Report on horse surra - Volume I
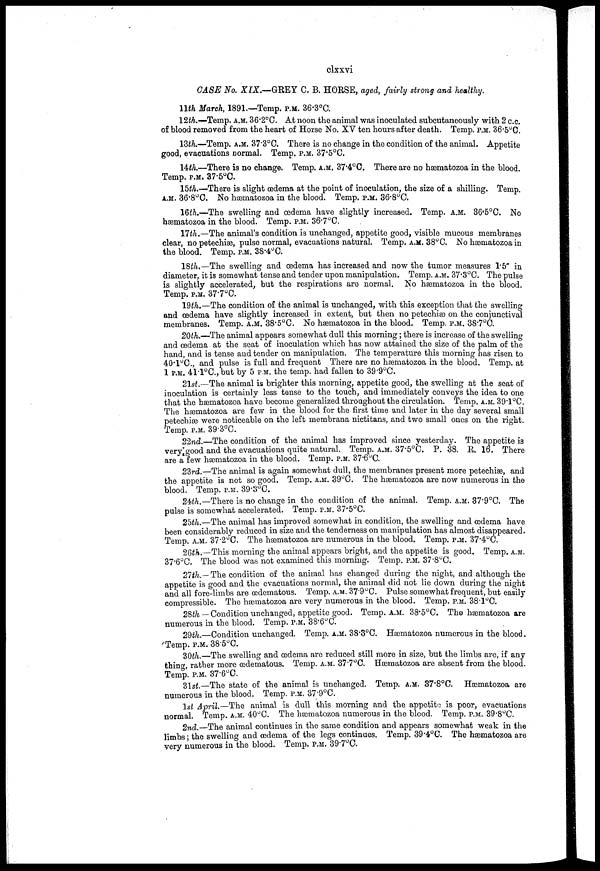
clxxvi
CASE No. XIX.—GREY C. B. HORSE, aged, fairly strong and healthy.
11th March, 1891.—Temp. P.M. 36.3°C.
12th.—Temp. A.M. 36.2°C. At noon the animal was inoculated subcutaneously with 2 c.c.
of blood removed from the heart of Horse No. XV ten hours after death. Temp. P.M. 36.50C.
13th.—Temp. A.M. 37.3°C. There is no change in the condition of the animal. Appetite
good, evacuations normal. Temp. P.M. 37.5°C.
14th.—There is no change. Temp. A.M. 37.4°C. There are no hæmatozoa in the blood
Temp. P.M. 37.5°C.
15th.—There is slight œdema at the point of inoculation, the size of a shilling. Temp.
A.M. 36.8°C. No hæmatozoa in the blood. Temp. P.M. 36.8°C.
16th.—The swelling and œdema have slightly increased. Temp. A.M. 36.5°C. No
hæmatozoa in the blood. Temp. P.M. 36.7°C.
17th.—The animal's condition is unchanged, appetite good, visible mucous membranes
clear, no petechias, pulse normal, evacuations natural. Temp. A.M. 38°C. No hæmatozoa in
the blood. Temp. P.M. 38.4°C.
18th.—The swelling and œdema has increased and now the tumor measures 1.5" in
diameter, it is somewhat tense and tender upon manipulation. Temp. A.M. 37.3°C. The pulse
is slightly accelerated, but the respirations are normal. No hæmatozoa in the blood.
Temp. P.M. 37.7°C.
19th.—The condition of the animal is unchanged, with this exception that the swelling
and œdema have slightly increased in extent, but then no petechias on the conjunctival
membranes. Temp. A.M. 38.5°C. No hæmatozoa in the blood. Temp. P.M. 38.7°C.
20th.—The animal appears somewhat dull this morning; there is increase of the swelling
and œdema at the seat of inoculation which has now attained the size of the palm of the
hand, and is tense and tender on manipulation. The temperature this morning has risen to
40.1°C, and pulse is full and frequent There are no hæmatozoa in the blood. Temp, at
1 P.M. 41.1°C.,but by 5 P.M. the temp, had fallen to 39.9°C.
21st.—The animal is brighter this morning, appetite good, the swelling at the seat of
inoculation is certainly less tense to the touch, and immediately conveys the idea to one
that the hæmatozoa have become generalized throughout the circulation. Temp. A.M. 39.1°C.
The hæmatozoa are few in the blood for the first time and later in the day several small
petechias were noticeable on the left membrana nictitans, and two small ones on the right.
Temp. P.M. 39.3°C.
22nd.—The condition of the animal has improved since yesterday. The appetite is
very good and the evacuations quite natural. Temp. A.M. 37.5°C. P. 38. R. 16. There
are a few hæmatozoa in the blood. Temp. P.M. 37.6°C.
23rd.—The animal is again somewhat dull, the membranes present more petechias, and
the appetite is not so good. Temp. A.M. 39°C. The hæmatozoa are now numerous in the
blood. Temp. P.M. 39.3°C.
24th.—There is no change in the condition of the animal. Temp. A.M. 37.9°C. The
pulse is somewhat accelerated. Temp. P.M. 37.5°C.
25th.—The animal has improved somewhat in condition, the swelling and œdema have
been considerably reduced in size and the tenderness on manipulation has almost disappeared.
Temp. A.M. 37.2°C. The hæmatozoa are numerous in the blood. Temp. P.M. 37.4°C.
26th.—This morning the animal appears bright, and the appetite is good. Temp. A.M.
37.6°C. The blood was not examined this morning. Temp. P.M. 37.8°C.
21th.— The condition of the animal has changed during the night, and although the
appetite is good and the evacuations normal, the animal did not lie clown during the night
and all fore-limbs are œdematous. Temp. A.M. 37.9°C. Pulse somewhat frequent, but easily
compressible. The hæmatozoa are very numerous in the blood. Temp. P.M. 38.l°C.
28th—Condition unchanged, appetite good. Temp. A.M. 38.5°C. The hæmatozoa are
numerous in the blood. Temp. P.M. 38.6°C.
29th.—Condition unchanged. Temp. A.M. 38.3°C. Hæmatozoa numerous in the blood.
Temp. P.M. 38.5°C.
30th.—The swelling and œdema are reduced still more in size, but the limbs are, if any
thing, rather more œdematous. Temp. A.M. 37.7°C. Hæmatozoa are absent from the blood.
Temp. P.M. 37.6°C.
31st—The state of the animal is unchanged. Temp. A.M. 37.8°C. Hæmatozoa are
numerous in the blood. Temp. P.M. 37.9°C.
1st April.—The animal is dull this morning and the appetite is poor, evacuations
normal. Temp. A.M. 40°C. The hæmatozoa numerous in the blood. Temp. P.M. 39.8°C.
2nd.—The animal continues in the same condition and appears somewhat weak in the
limbs; the swelling and œdema of the legs continues. Temp. 39.4°C. The hæmatozoa are
very numerous in the blood. Temp. P.M. 39.7°C.